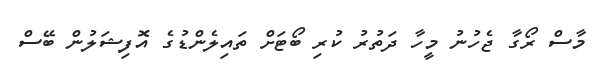
މާސް ރޯގާ ޖެހުނު މީހާ ދަތުރު ކުރި ބޯޓަށް ތައިލެންޑުގެ އޮފިޝަލުން ބޭސް